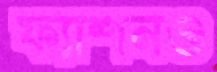
ফ্যাশনও